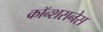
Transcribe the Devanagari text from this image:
कॉन्शसनेस